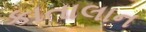
કાતાલાન